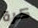
كرة